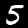
Digit: 5